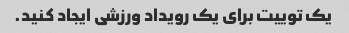
یک توییت برای یک رویداد ورزشی ایجاد کنید.